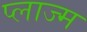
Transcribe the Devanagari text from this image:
प्लाज्म